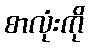
စာလုံးကို